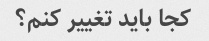
کجا باید تغییر کنم؟